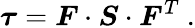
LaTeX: {\boldsymbol{\tau}}={\boldsymbol{F}}\cdot{\boldsymbol{S}}\cdot{\boldsymbol{F}}^{T}~.